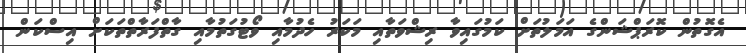
އެގޮތުން ކޮރަޕްޝަންގެ އަމަލުތަށް ކަމުގައިވާ ރިޝްވަތާއި މަކަރު ހެދުމާއި ވޯޓުގަތުމާއި ގާތްފަރާތްތަކަށް އިސްކަން